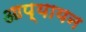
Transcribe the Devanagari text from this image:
आप्यायन